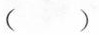
（）